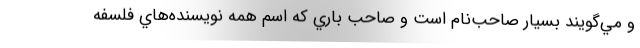
و مي‌گويند بسيار صاحب‌نام است و صاحب باري كه اسم همه نويسنده‌هاي فلسفه